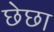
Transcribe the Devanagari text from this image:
छेछा